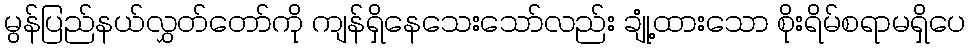
မွန်ပြည်နယ်လွှတ်တော်ကို ကျန်ရှိနေသေးသော်လည်း ချုံ့ထားသော စိုးရိမ်စရာမရှိပေ